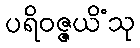
ပရိဝဇ္ဇယိံသု